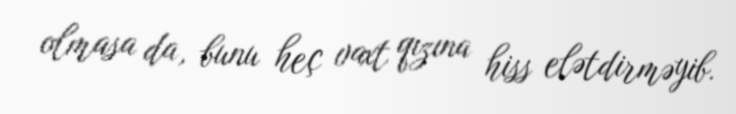
olmasa da, bunu heç vaxt qızına hiss elətdirməyib.